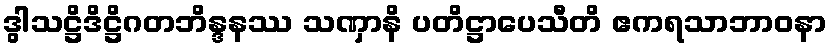
ဒွါသဋ္ဌိဒိဋ္ဌိဂတဘိန္ဒနဿ သဏှာနိ ပတိဋ္ဌာပေသီတိ ဧကရသာဘာဝနာ